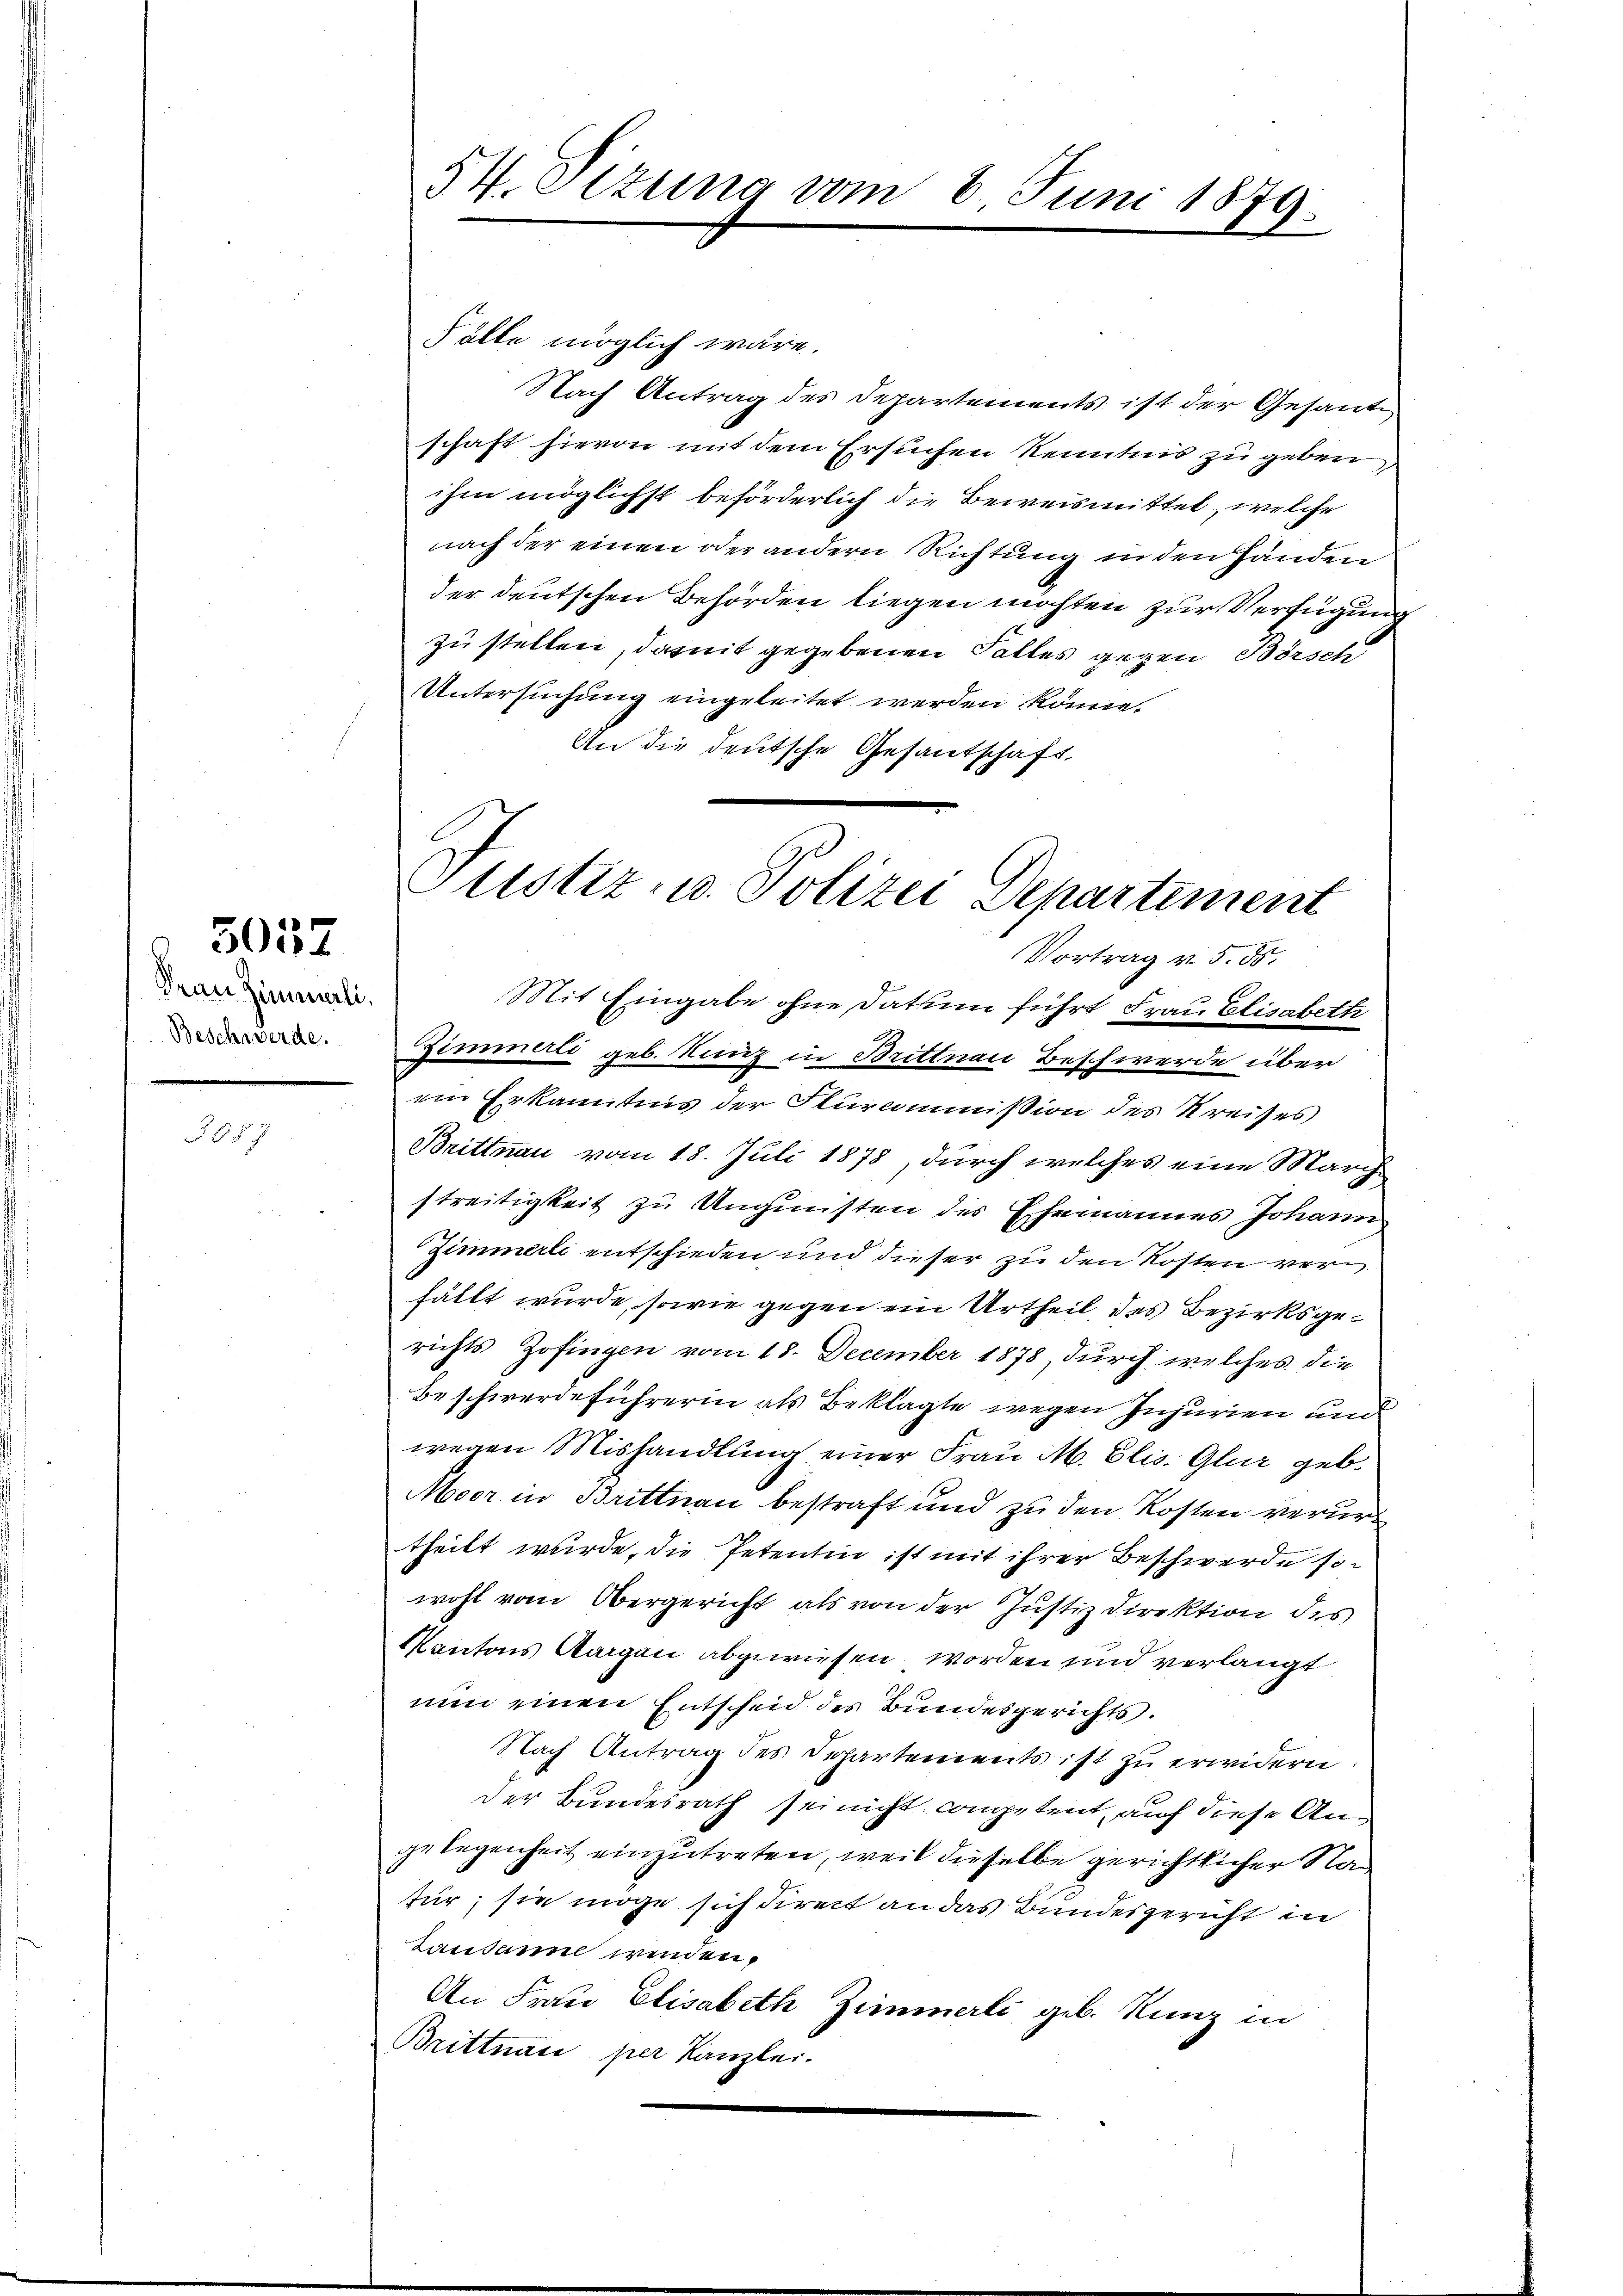
Frau Zimmeli.
Beschwerde.

3037

87

54. Sizung vom 6. Juni 1879.

Fälle möglich wäre.
Nach Antrag des Departements ist der Gesante
schaft hievon mit dem Ersuchen Kenntnis zu geben,
ihm möglichst beförderlich die Beweismittel, welche
nach der einen oder andern Richtung in den Händen
der deutschen Behörden liegen möchten zur Verfügung
zu stellen, damit gegebenen Falles gegen Börsch
Untersuchung eingeleitet werden könne.
An die deutsche Gesandschaft.
Zimmerli geb. Kunz in Brittnau Beschwerde über
ein Erkanntnis der Sturcommission des Kreises
Brittnau vom 18. Juli 1878, durch welches eine Marchstreitigkeit zu Ungünsten des Ehemannes Johann
Zimmerli entschieden und dieser zu den Kosten verfällt wurde, sowie gegen ein Urtheil, des Bezirksgerichts Zofingen vom 18. December 1878, durch welches die
Beschwerdeführerin als Beklagte wegen Injurien und
wegen Mishandlung einer Frau M. Elis. Gluz geb.
Meer in Brittnau bestraft und zu den Kosten verurt
theilt wurde, die Petentin ist mit ihrer Beschwerde sowohl vom Obergericht als von der Justiz Direktion des
Kantons Aargau abgewiesen worden und verlangt
nun einen Entscheid des Bundesgerichts.
Nach Antrag des Schartements ist zu erwidern.
der Bundesrath sei nicht competent, auf diese Angelegenheit einzutreten, weil dieselbe gerichtlicher Na
tur; sie möge sich direct an das Bundesgericht in
Lausanne wenden,
An Frau Elisabeth Zimmerli geb. Kunz in
Brittnau per Kanzlei.

Justiz- u. Polizei Departement
Vortrag v. 5. ds.
Mit Eingabe ohne Datum führt Frau Elisabeth